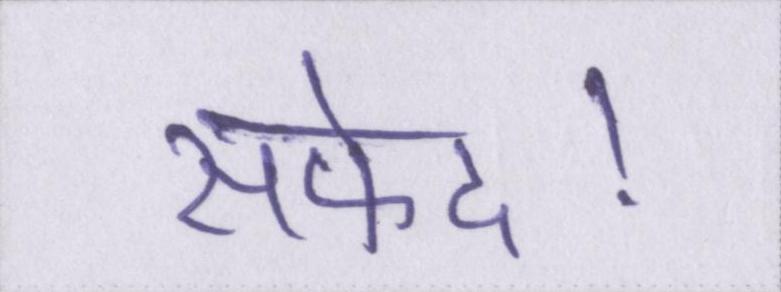
सफेद।